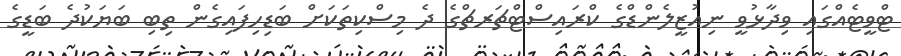
ޓްވީޓެއްގައި ވިދާޅުވީ ނިއުޒީލެންޑްގެ ކްރައިސްޓްޗަރޗްގެ ދެ މިސްކިތަކަށް ބަޑިހިފައިގެން ތިބި ބަޔަކުދެ ބަޑީގެ